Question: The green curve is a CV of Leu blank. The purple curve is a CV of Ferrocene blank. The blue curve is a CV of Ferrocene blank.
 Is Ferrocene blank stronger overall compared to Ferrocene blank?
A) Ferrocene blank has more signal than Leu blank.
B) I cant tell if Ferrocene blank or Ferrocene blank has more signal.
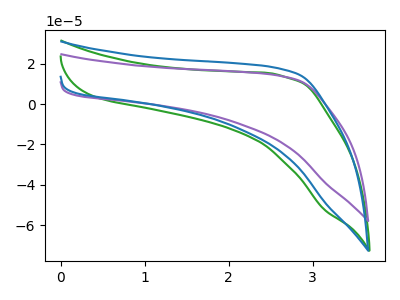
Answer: <think>The green curve "Leu blank" has no peaks. The purple curve "Ferrocene blank" has no peaks. The blue curve "Ferrocene blank" has no peaks.
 Neither "Ferrocene blank" or "Ferrocene blank" have any peaks.</think>
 <answer>B) I cant tell if "Ferrocene blank" or "Ferrocene blank" has more signal.</answer>
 <eval>B</eval>